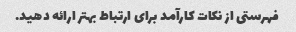
فهرستی از نکات کارآمد برای ارتباط بهتر ارائه دهید.